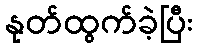
နုတ်ထွက်ခဲ့ပြီး